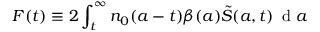
F ( t ) \equiv 2 \int _ { t } ^ { \infty } { { { n } _ { 0 } } ( a - t ) \beta ( a ) \tilde { S } ( a , t ) \, \mathrm { ~ d ~ } a }